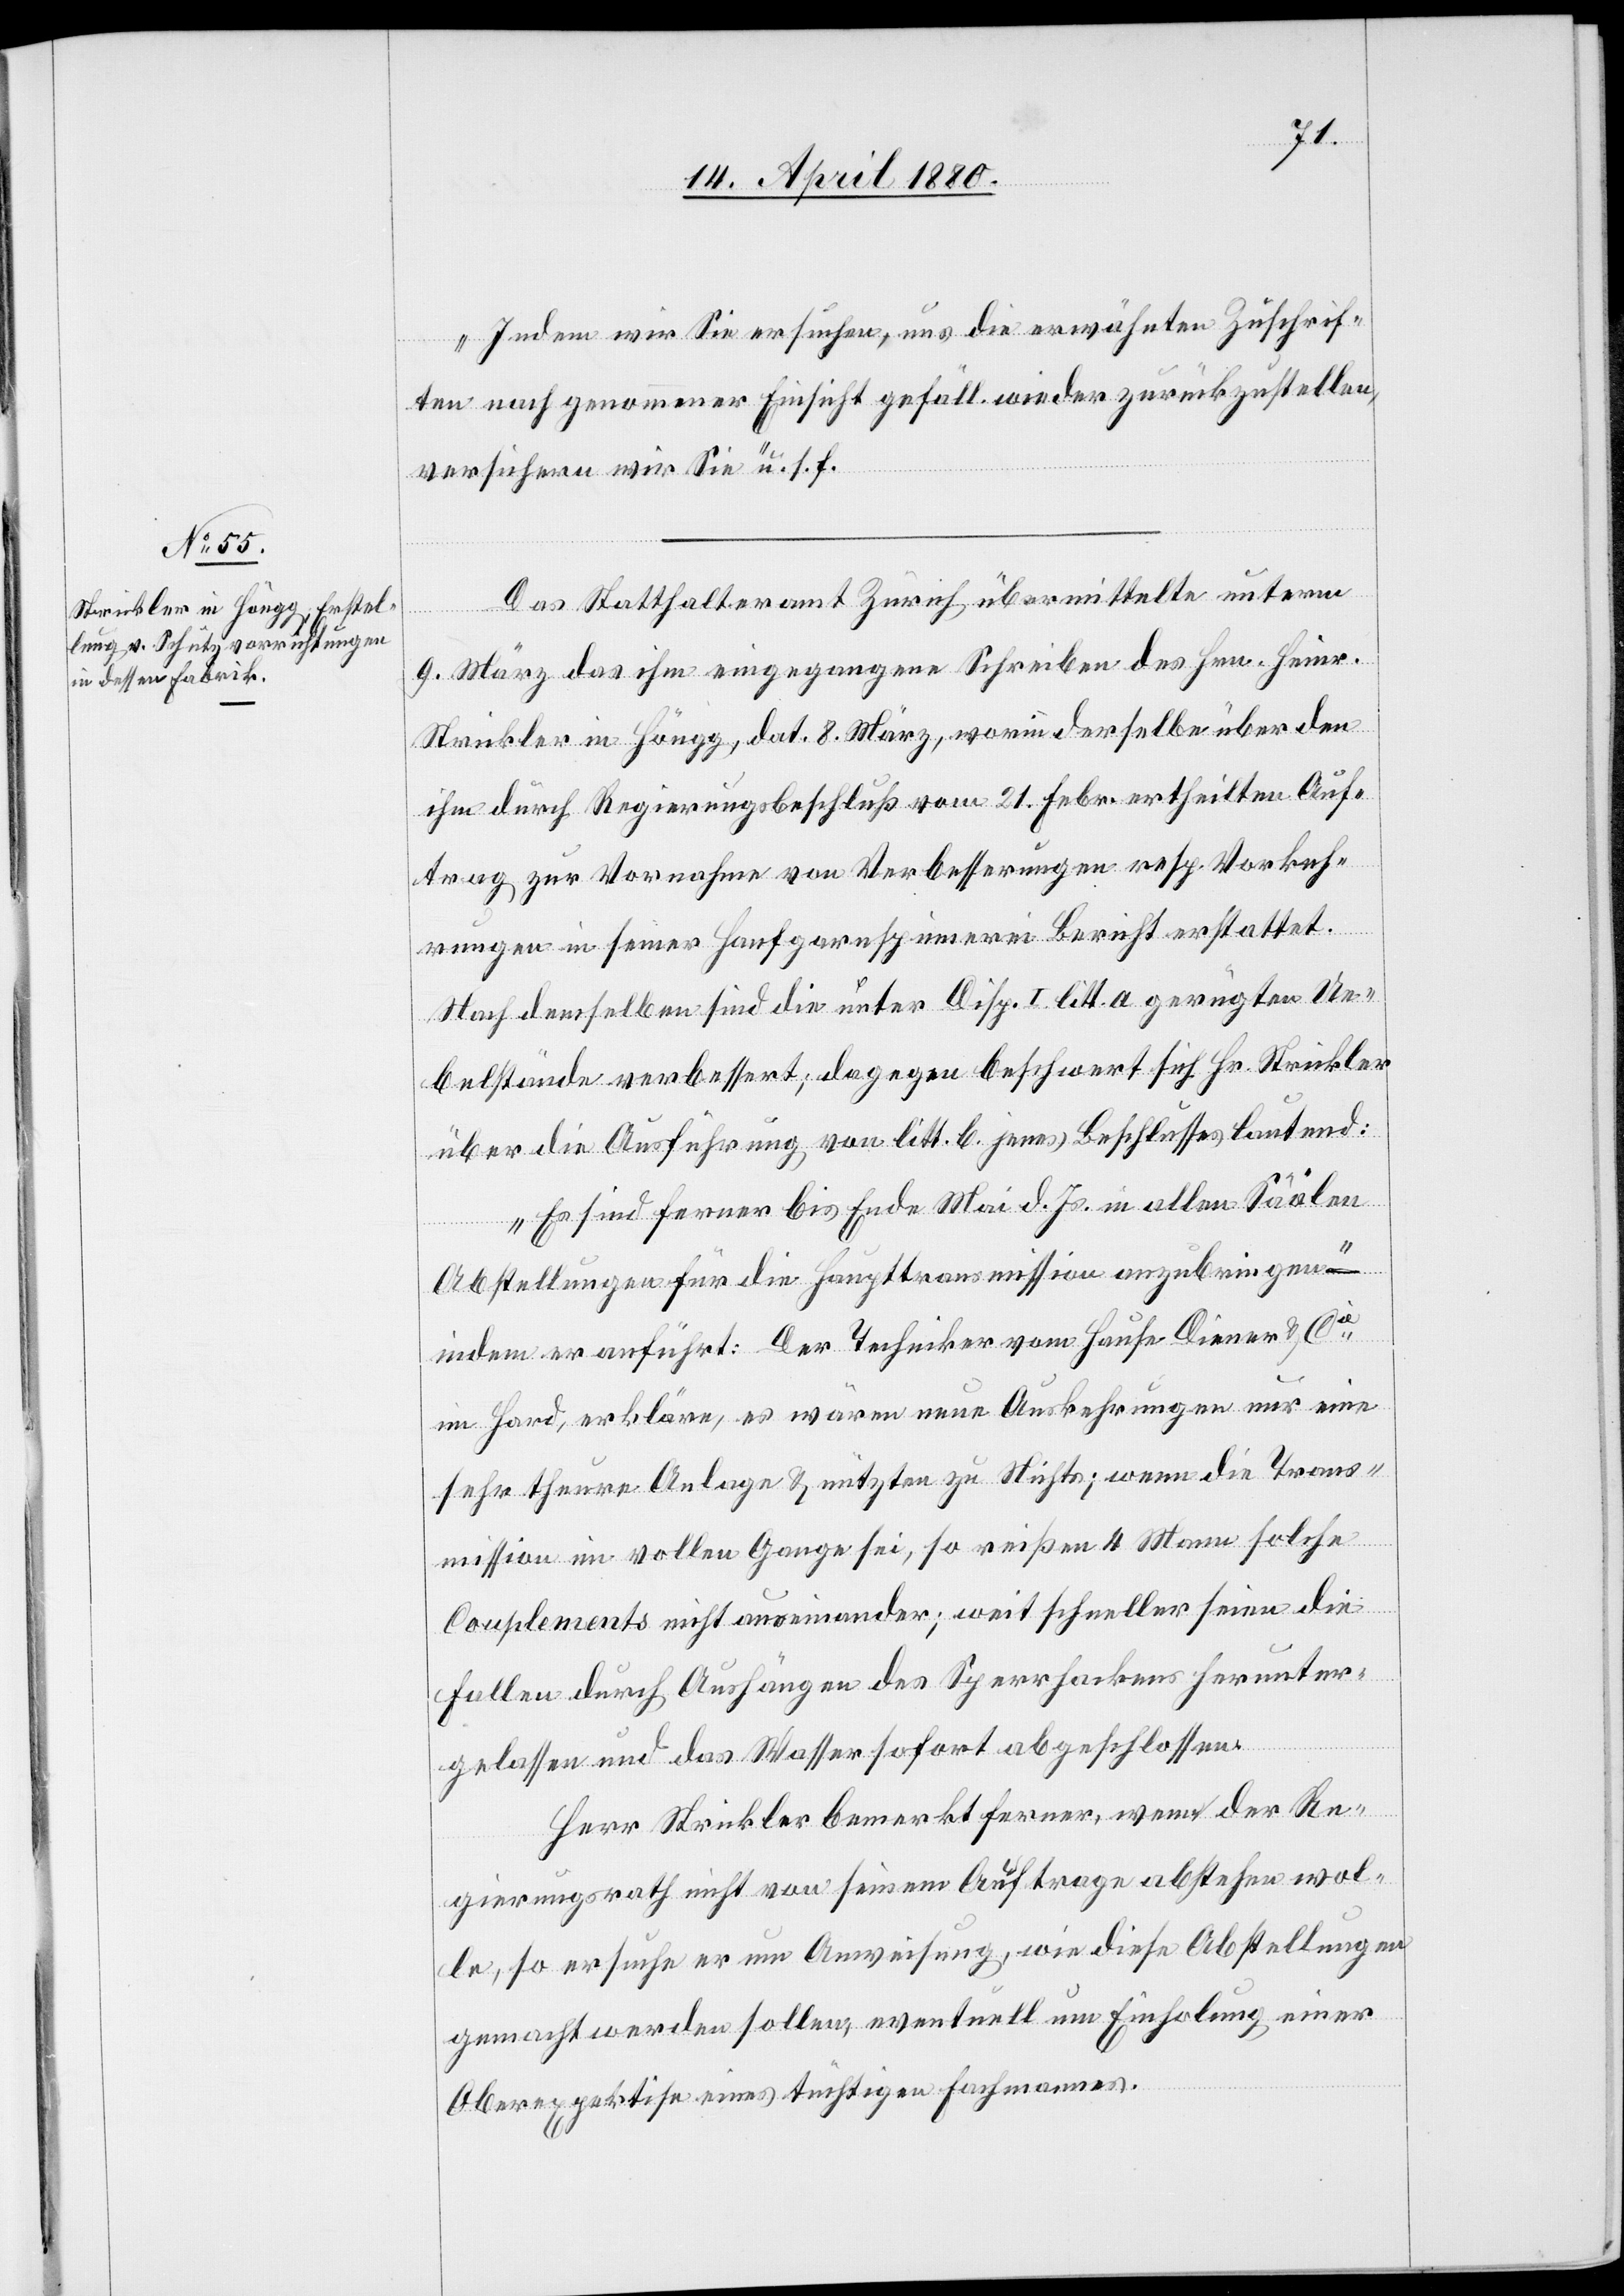
Indem wir Sie ersuchen, und die erwähnten Zuschrif¬
ten nach genommener Einsicht gefäll. wieder zurückzustellen,
versichern wir Sie“ u. s. f.
Das Statthalteramt Zürich übermittelt unterm
9. März das ihm eingegangene Schreiben des Hrn. Heinr.
Strickler in Höngg, dat. 8. März, worin derselbe über den
ihm durch Regierungsbeschluß vom 21. Febr. ertheilten Auf¬
trag zur Vornahme von Verbesserungen resp. Vorkeh¬
rungen in seiner Hanfgarnspinnerei Bericht erstattet.
Nach demselben sind die unter Disp. I litt. a gerügten Ue¬
belstände verbessert; dagegen beschwert sich Hr. Strickler
über die Ausführung von litt. b. jenes Beschlusses lautend:
„Es sind ferner bis Ende Mai d. Js. in allen Säälen
Abstellungen für die Haupttransmission anzubringen“
indem er anführt: Der Techniker vom Hause Diener & Cie
in Hard, erkläre, es wären neue Auskehrungen nur eine
sehr theure Anlage & nützten zu Nichts; wenn die Trans¬
mission im vollen Gange sei, so reißen 4 Mann solche
Couplements nicht auseinander; weit schneller seien die
Fallen durch Aushängen des Sperrhackens herunter¬
gelassen und das Wasser sofort abgeschlossen.
Herr Strickler bemerkt ferner, wenn der Re¬
gierungsrath nicht von seinem Auftrage abstehen wol¬
le, so ersuche er um Anweisung, wie diese Abstellungen
gemacht werden sollen; eventuell um Einholung einer
Oberexpertise eines tüchtigen Fachmannes.